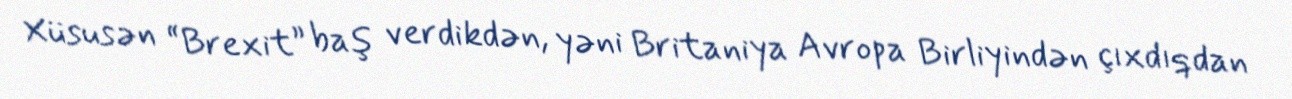
Xüsusən “Brexit” baş verdikdən, yəni Britaniya Avropa Birliyindən çıxdıqdan